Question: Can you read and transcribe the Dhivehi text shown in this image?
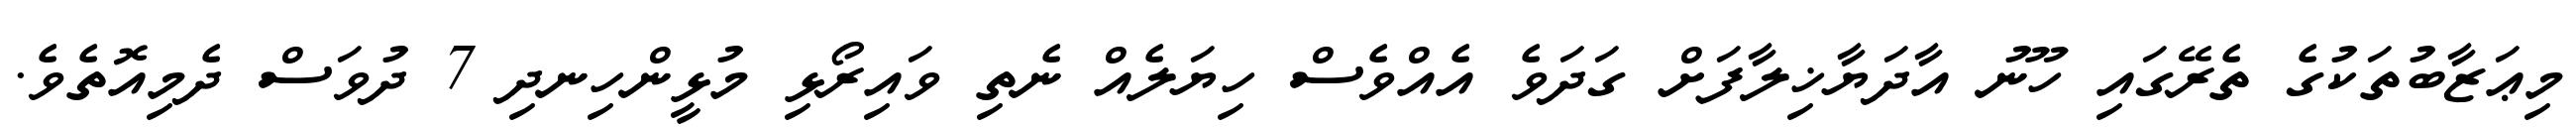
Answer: މިޢަޒާބުތަކުގެ ތެރޭގައި ހޫނު އާދަޔާޚިލާފަށް ގަދަވެ އެއްވެސް ހިޔަލެއް ނެތި ވައިރޯޅި މުޅީންހިނދި 7 ދުވަސް ދެމިއޮތެވެ.